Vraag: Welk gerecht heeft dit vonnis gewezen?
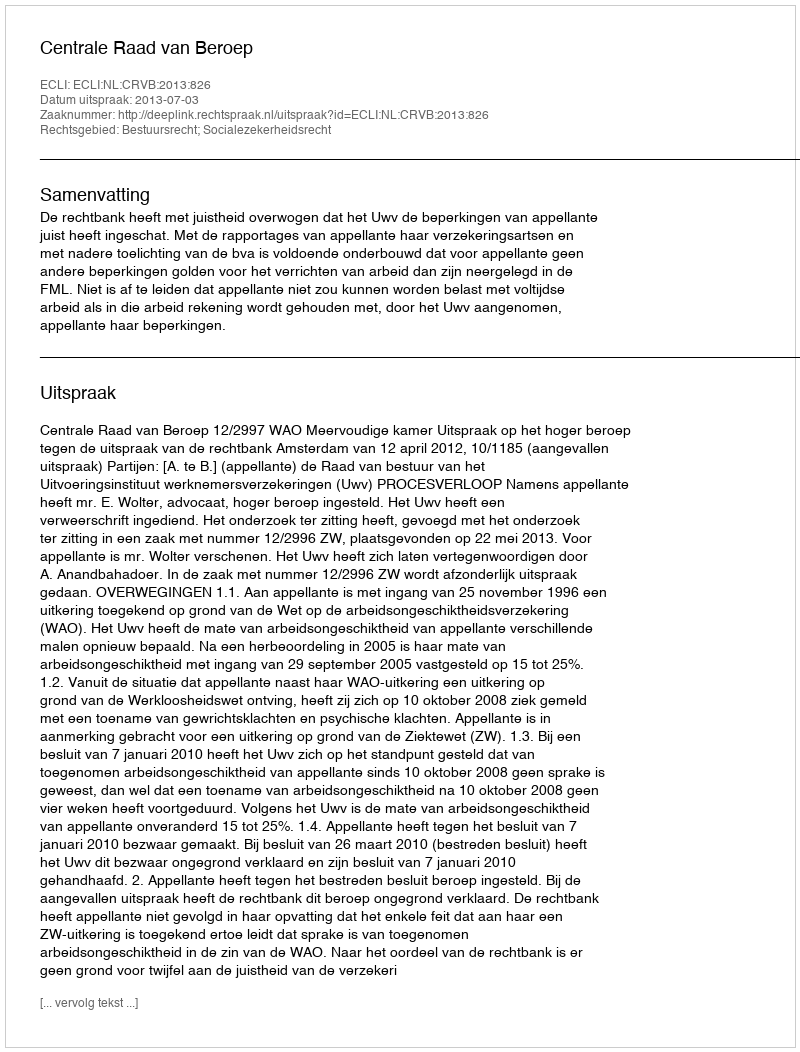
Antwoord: Centrale Raad van Beroep